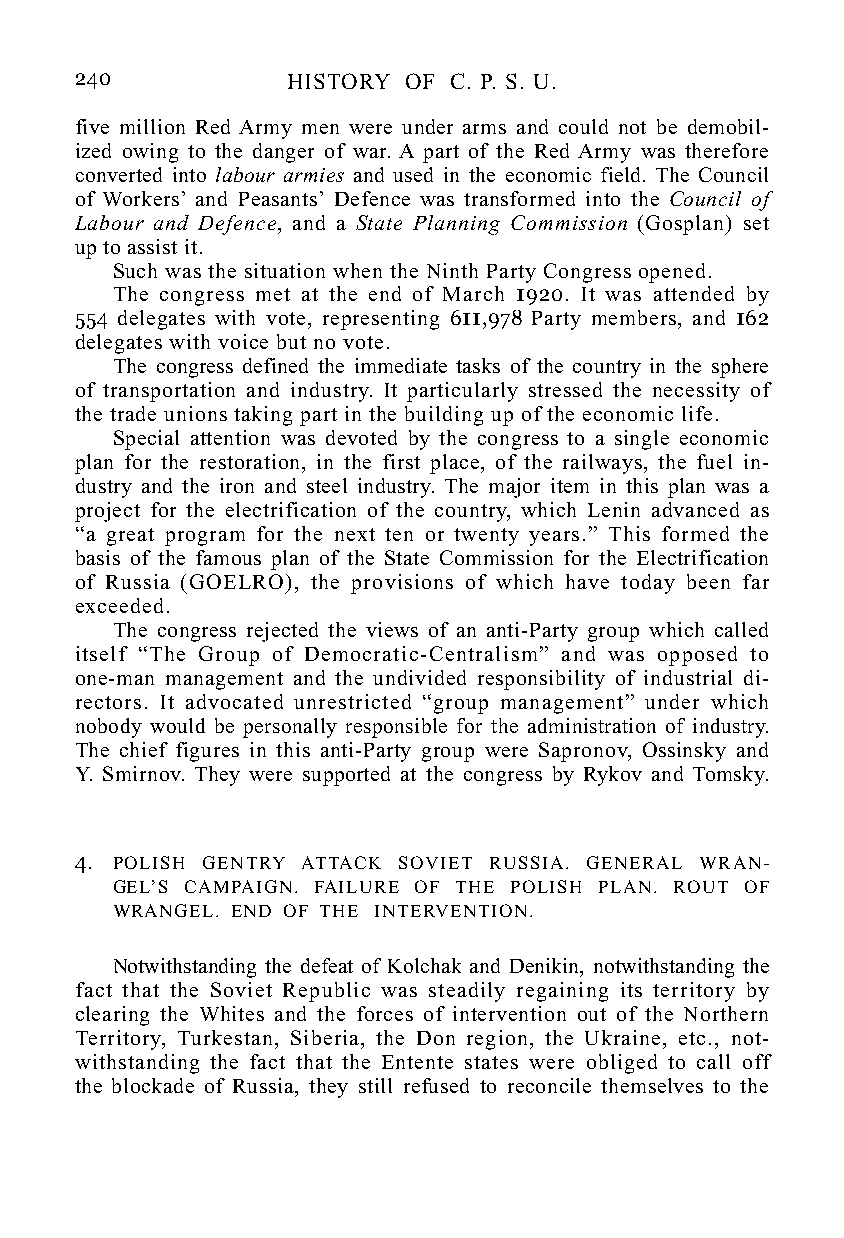
240           HISTORY OF C. P. S. U.
 five million Red Army men were under arms and could not be demobil-
 ized owing to the danger of war. A part of the Red Army was therefore
 converted into labour armies and used in the economic field. The Council
 of Workers’ and Peasants’ Defence was transformed into the Council of
 Labour and Defence, and a State Planning Commission (Gosplan) set
 up to assist it.
 Such was the situation when the Ninth Party Congress opened.
 The congress met at the end of March 1920. It was attended by
 554 delegates with vote, representing 611,978 Party members, and 162
 delegates with voice but no vote.
 The congress defined the immediate tasks of the country in the sphere
 of transportation and industry. It particularly stressed the necessity of
 the trade unions taking part in the building up of the economic life.
 Special attention was devoted by the congress to a single economic
 plan for the restoration, in the first place, of the railways, the fuel in-
 dustry and the iron and steel industry. The major item in this plan was a
 project for the electrification of the country, which Lenin advanced as
 “a great program for the next ten or twenty years.” This formed the
 basis of the famous plan of the State Commission for the Electrification
 of Russia (GOELRO), the provisions of which have today been far
 exceeded.
 The congress rejected the views of an anti-Party group which called
 itself “The Group of Democratic-Centralism” and was opposed to
 one-man management and the undivided responsibility of industrial di-
 rectors. It advocated unrestricted “group management” under which
 nobody would be personally responsible for the administration of industry.
 The chief figures in this anti-Party group were Sapronov, Ossinsky and
 Y. Smirnov. They were supported at the congress by Rykov and Tomsky.
 4. POLISH GENTRY ATTACK SOVIET RUSSIA. GENERAL WRAN-
 GEL’S CAMPAIGN. FAILURE OF THE POLISH PLAN. ROUT OF
 WRANGEL. END OF THE INTERVENTION.
 Notwithstanding the defeat of Kolchak and Denikin, notwithstanding the
 fact that the Soviet Republic was steadily regaining its territory by
 clearing the Whites and the forces of intervention out of the Northern
 Territory, Turkestan, Siberia, the Don region, the Ukraine, etc., not-
 withstanding the fact that the Entente states were obliged to call off
 the blockade of Russia, they still refused to reconcile themselves to the